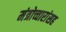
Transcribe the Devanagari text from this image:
मंत्रोच्चारांसह